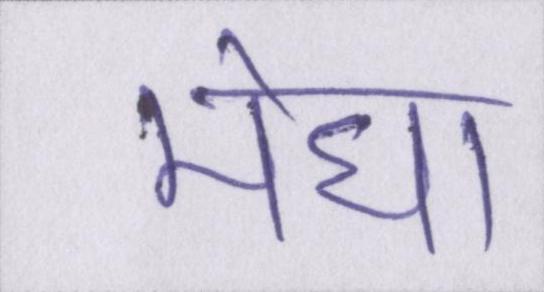
मेघा